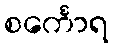
စင်္ကောရ